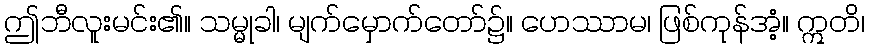
ဤဘီလူးမင်း၏။ သမ္မုခါ၊ မျက်မှောက်တော်၌။ ဟေဿာမ၊ ဖြစ်ကုန်အံ့။ ဣတိ၊